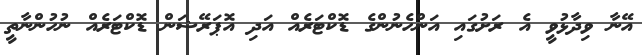
އޭނާ ވިދާޅުވީ އެ ރަށުގައި އަންހެނުންގެ ޑޮކްޓަރެއް އަދި އޮޕަރޭޝަން ޑޮކްޓަރެއް ނުހުންނާތީ